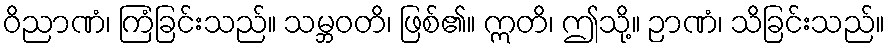
ဝိညာဏံ၊ ကြံခြင်းသည်။ သမ္ဘဝတိ၊ ဖြစ်၏။ ဣတိ၊ ဤသို့။ ဉာဏံ၊ သိခြင်းသည်။